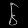
Digit: ၆